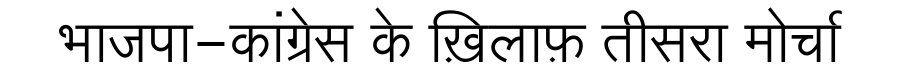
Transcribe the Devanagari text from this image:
भाजपा-कांग्रेस के ख़िलाफ़ तीसरा मोर्चा